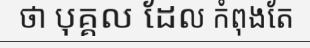
ថា បុគ្គល ដែល កំពុងតែ